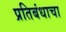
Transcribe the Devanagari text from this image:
प्रतिबंधाचा